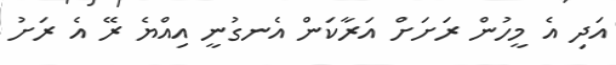
އަދި އެ މީހުން ރަށަށް އަރާކަން އެނގުނީ އިއްޔެ ރޭ އެ ރަށު